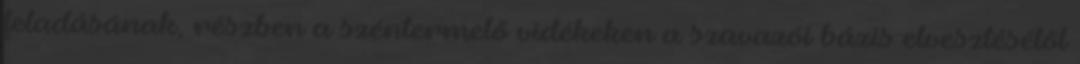
feladásának, részben a széntermelő vidékeken a szavazói bázis elvesztésétől